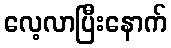
လေ့လာပြီးနောက်